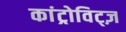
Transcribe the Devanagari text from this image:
कांट्रोविट्ज़